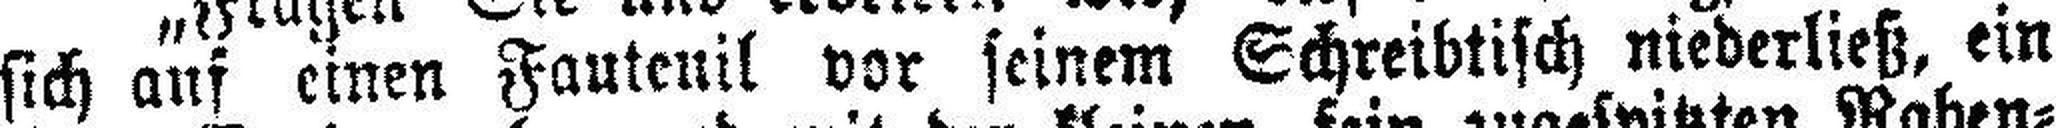
sich auf einen Fauteuil vor seinem Schreibtisch niederließ, ein